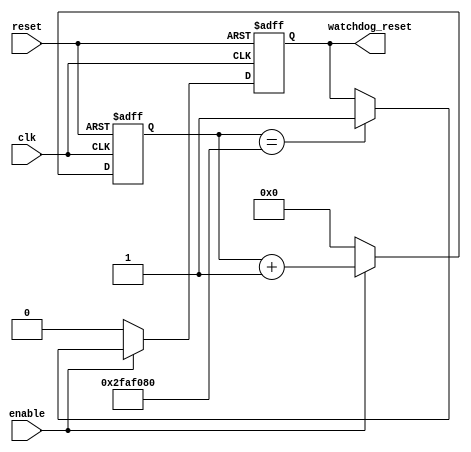
module watchdog_timer (
    input wire clk, // clock signal
    input wire reset, // asynchronous reset signal
    input wire enable, // enable signal to start the watchdog timer
    output reg watchdog_reset // output reset signal triggered by the watchdog timer
);

reg [31:0] counter; // 32-bit counter to count clock cycles
parameter TIMEOUT = 50000000; // timeout period for the watchdog timer

always @(posedge clk or posedge reset) begin
    if (reset) begin
        counter <= 0;
        watchdog_reset <= 0;
    end else if (enable) begin
        counter <= counter + 1;
        if (counter == TIMEOUT) begin
            watchdog_reset <= 1;
        end
    end else begin
        counter <= 0;
        watchdog_reset <= 0;
    end
end

endmodule